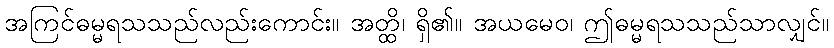
အကြင်ဓမ္မရသသည်လည်းကောင်း။ အတ္ထိ၊ ရှိ၏။ အယမေဝ၊ ဤဓမ္မရသသည်သာလျှင်။